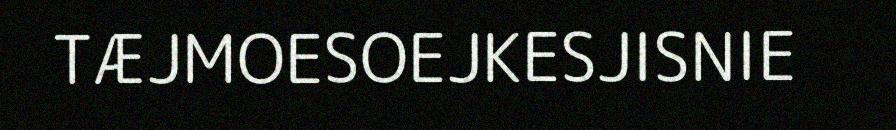
TÆJMOESOEJKESJISNIE